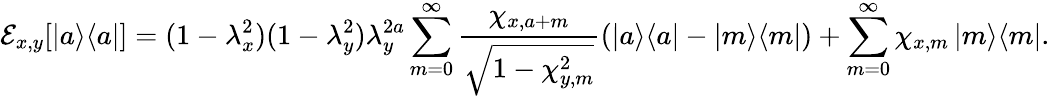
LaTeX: \mathcal{E}_{x,y}[\left|a\middle>\middle<a\right|]=(1-\lambda_{x}^{2})(1-\lambda_{y}^{2})\lambda_{y}^{2a}\sum_{m=0}^{\infty}\frac{\chi_{x,a+m}}{\sqrt{1-\chi_{y,m}^{2}}}(\left|a\middle>\middle<a\right|-\left|m\middle>\middle<m\right|)+\sum_{m=0}^{\infty}\chi_{x,m}\left|m\middle>\middle<m\right|.